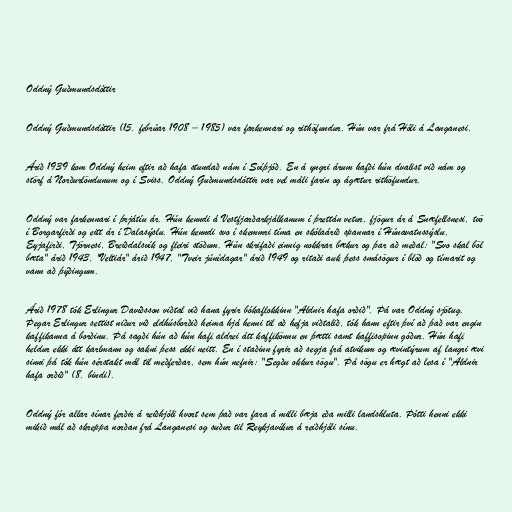
Oddný Guðmundsdóttir

Oddný Guðmundsdóttir (15. febrúar 1908 – 1985) var farkennari og rithöfundur. Hún var frá Hóli á Langanesi.

Árið 1939 kom Oddný heim eftir að hafa stundað nám í Svíþjóð. En á yngri árum hafði hún dvalist við nám og
störf á Norðurlöndunum og í Sviss. Oddný Guðmundsdóttir var vel máli farin og ágætur rithöfundur.

Oddný var farkennari í þrjátíu ár. Hún kenndi á Vestfjarðarkjálkanum í þrettán vetur, fjögur ár á Snæfellsnesi, tvö
í Borgarfirði og eitt ár í Dalasýslu. Hún kenndi svo í skemmri tíma en skólaárið spannar í Húnavatnssýslu,
Eyjafirði, Tjörnesi, Breiðdalsvík og fleiri stöðum. Hún skrifaði einnig nokkrar bækur og þar að meðal: "Svo skal böl
bæta" árið 1943, "Veltiár" árið 1947, "Tveir júnídagar" árið 1949 og ritaði auk þess smásögur í blöð og tímarit og
vann að þýðingum.

Árið 1978 tók Erlingur Davíðsson viðtal við hana fyrir bókaflokkinn "Aldnir hafa orðið". Þá var Oddný sjötug.
Þegar Erlingur settist niður við eldhúsborðið heima hjá henni til að hefja viðtalið, tók hann eftir því að það var engin
kaffikanna á borðinu. Þá sagði hún að hún hafi aldrei átt kaffikönnu en þætti samt kaffisopinn góður. Hún hafi
heldur ekki átt karlmann og sakni þess ekki neitt. En í staðinn fyrir að segja frá atvikum og ævintýrum af langri ævi
sinni þá tók hún sérstakt mál til meðferðar, sem hún nefnir: "Segðu okkur sögu". Þá sögu er hægt að lesa í "Aldnir
hafa orðið" (8. bindi).

Oddný fór allar sínar ferðir á reiðhjóli hvort sem það var fara á milli bæja eða milli landshluta. Þótti henni ekki
mikið mál að skreppa norðan frá Langanesi og suður til Reykjavíkur á reiðhjóli sínu.